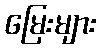
မြေးများ